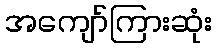
အကျော်ကြားဆုံး